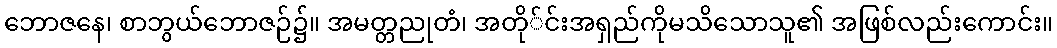
ဘောဇနေ၊ စာဘွယ်ဘောဇဉ်၌။ အမတ္တညုတံ၊ အတို်င်းအရှည်ကိုမသိသောသူ၏ အဖြစ်လည်းကောင်း။